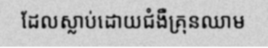
ដែលស្លាប់ដោយជំងឺគ្រុនឈាម